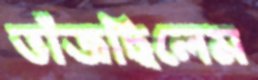
ভাঁজছিলেম